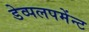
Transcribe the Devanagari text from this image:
डेव्पलपमेंन्ट